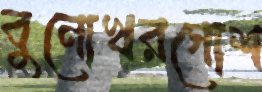
বুনোখরগোশ